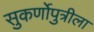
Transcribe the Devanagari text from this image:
सुकर्णोपुत्रीला